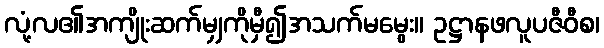
လုံ့လ၏အကျိုးဆက်မျှကိုမှီ၍အသက်မမွေး။ ဥဋ္ဌာနဖလူပဇီဝီစ၊